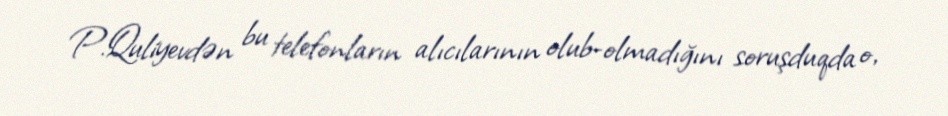
P.Quliyevdən bu telefonların alıcılarının olub-olmadığını soruşduqda o,